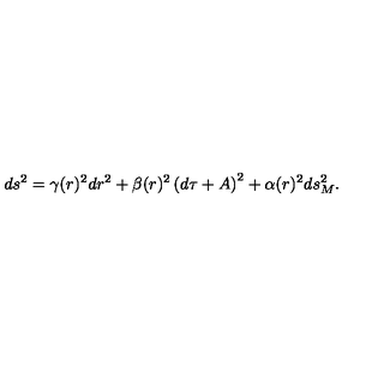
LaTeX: d s ^ { 2 } = \gamma ( r ) ^ { 2 } d r ^ { 2 } + \beta ( r ) ^ { 2 } \left( d \tau + A \right) ^ { 2 } + \alpha ( r ) ^ { 2 } { d s _ { M } ^ { 2 } } .